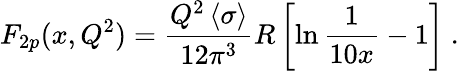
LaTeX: F_{2p}(x,Q^{2})={\frac{Q^{2}\left<\sigma\right>}{12\pi^{3}}}R\left[\ln{\frac{1}{10x}}-1\right]\ .